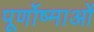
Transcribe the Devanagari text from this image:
पूर्णोष्माओं